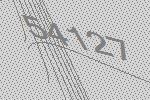
54127